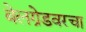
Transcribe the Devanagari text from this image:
बेलग्रेडवरचा